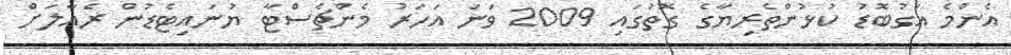
އެންމެ އަގުބޮޑު ކުޅުންތެރިޔާގެ ގޮތުގައި 2009 ވަނަ އަހަރު މެންޗެސްޓާ ޔުނައިޓެޑުން ރެއާލަށް